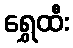
ရွှေထီး